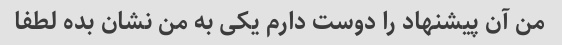
من آن پیشنهاد را دوست دارم یکی به من نشان بده لطفا